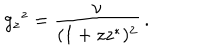
LaTeX: g _ { z } { } ^ { z } = \frac { \nu } { ( 1 + z z ^ { * } ) ^ { 2 } } \, .